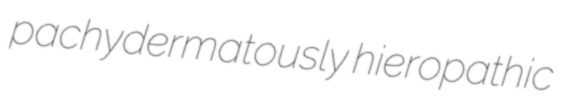
pachydermatously hieropathic